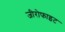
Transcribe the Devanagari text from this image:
जीरोफाइट